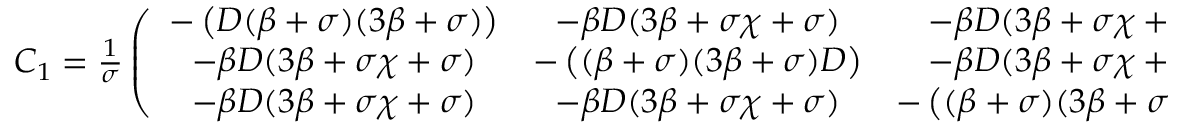
\begin{array} { r } { \boldsymbol C _ { 1 } = \frac { 1 } { \sigma } \left( \begin{array} { c c c } { - \left( D ( \beta + \sigma ) ( 3 \beta + \sigma ) \right) } & { - \beta D ( 3 \beta + \sigma \chi + \sigma ) } & { - \beta D ( 3 \beta + \sigma \chi + \sigma ) } \\ { - \beta D ( 3 \beta + \sigma \chi + \sigma ) } & { - \left( ( \beta + \sigma ) ( 3 \beta + \sigma ) D \right) } & { - \beta D ( 3 \beta + \sigma \chi + \sigma ) } \\ { - \beta D ( 3 \beta + \sigma \chi + \sigma ) } & { - \beta D ( 3 \beta + \sigma \chi + \sigma ) } & { - \left( ( \beta + \sigma ) ( 3 \beta + \sigma ) D _ { C } \right) } \end{array} \right) , } \end{array}